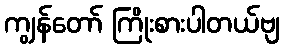
ကျွန်တော် ကြိုးစားပါတယ်ဗျ